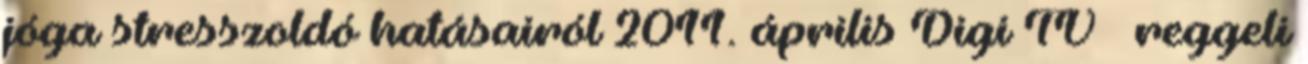
jóga stresszoldó hatásairól 2011. április Digi TV – reggeli